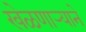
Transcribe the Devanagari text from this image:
खेळणार्‍याने